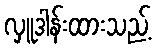
လှူဒါန်းထားသည့်